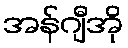
အန်ဂျီအို